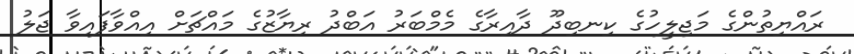
ރައްޔިތުންގެ މަޖިލީހުގެ ކިނބިދޫ ދާއިރާގެ މެމްބަރު އަބްދު ރިޔާޒުގެ މައްޗަށް އިއްވާފައިވާ ޖަލު